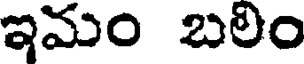
ఇమం బలిం